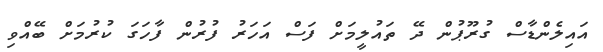
އައިލެންޑާސް ގުރޫޕުން ދޭ ތައުލީމަށް ފަސް އަހަރު ފުރުން ފާހަގަ ކުރުމަށް ބޭއްވި